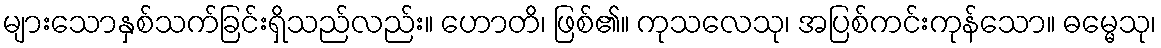
များသောနှစ်သက်ခြင်းရှိသည်လည်း။ ဟောတိ၊ ဖြစ်၏။ ကုသလေသု၊ အပြစ်ကင်းကုန်သော။ ဓမ္မေသု၊